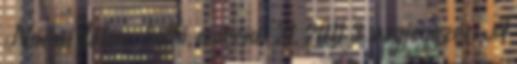
Noémi dátum: hétfő, március 21, 2011 3 megjegyzés: A